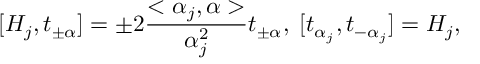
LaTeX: [ H _ { j } , t _ { \pm \alpha } ] = \pm 2 \frac { < \alpha _ { j } , \alpha > } { \alpha _ { j } ^ { 2 } } t _ { \pm \alpha } , \; [ t _ { \alpha _ { j } } , t _ { - \alpha _ { j } } ] = H _ { j } ,